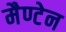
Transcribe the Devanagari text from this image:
मैण्टेन